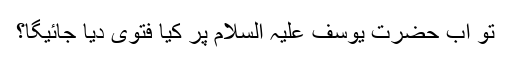
تو اب حضرت یوسف علیہ السلام پر کیا فتوی دیا جائیگا؟